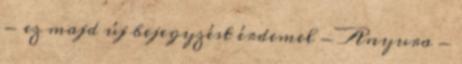
- ez majd új bejegyzést érdemel - Anyura -